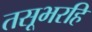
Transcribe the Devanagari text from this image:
तसूभरहि